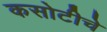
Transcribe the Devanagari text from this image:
कसोटीचे